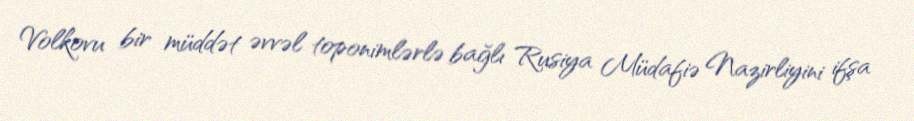
Volkovu bir müddət əvvəl toponimlərlə bağlı Rusiya Müdafiə Nazirliyini ifşa